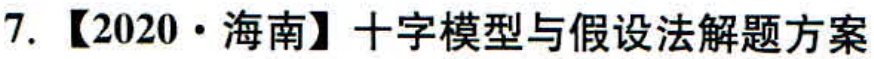
7. 【2020·海南】十字模型与假设法解题方案